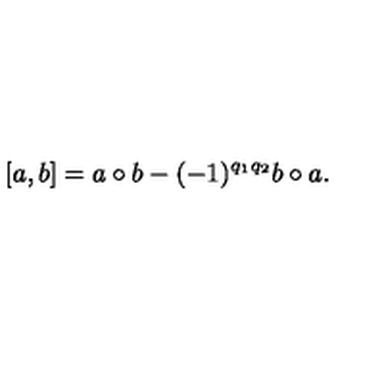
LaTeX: \lbrack a , b ] = a \circ b - ( - 1 ) ^ { q _ { 1 } q _ { 2 } } b \circ a .